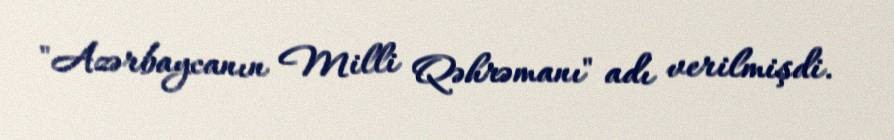
"Azərbaycanın Milli Qəhrəmanı" adı verilmişdi.